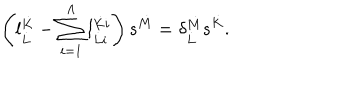
\left( l _ { \dot { L } } ^ { \dot { K } } - \sum _ { i = 1 } ^ { \Lambda } l _ { \dot { L } i } ^ { \dot { K } i } \right) s ^ { \dot { M } } = \delta _ { \dot { L } } ^ { \dot { M } } s ^ { \dot { K } } .